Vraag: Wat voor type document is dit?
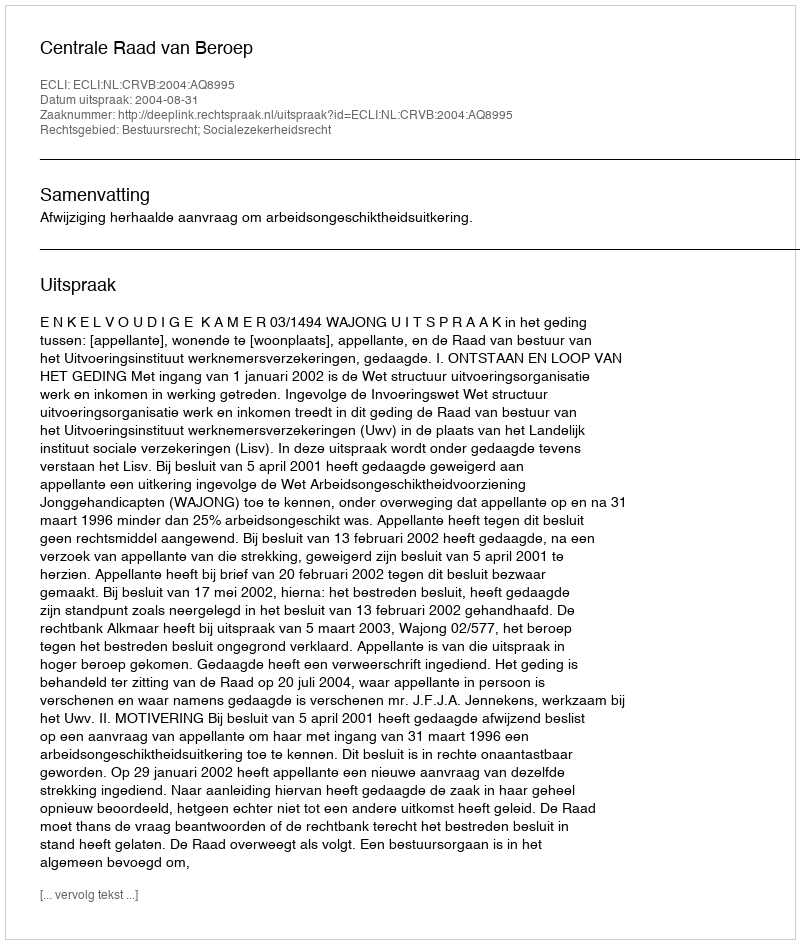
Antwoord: Uitspraak